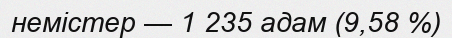
немістер — 1 235 адам (9,58 %)